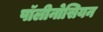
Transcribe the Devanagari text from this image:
पॉलीनोसियन